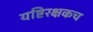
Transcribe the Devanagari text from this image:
यष्टिरक्षकच